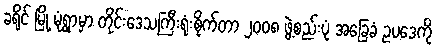
ခရိုင် မြို့ မုံရွာမှာ တိုင်းဒေသကြီးရုံးစိုက်တာ ၂ဝဝ၈ ဖွဲ့စည်းပုံ အခြေခံ ဥပဒေကို